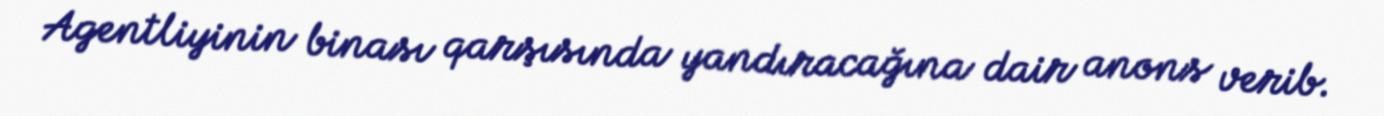
Agentliyinin binası qarşısında yandıracağına dair anons verib.